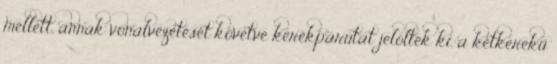
mellett, annak vonalvezetését követve kerékpárutat jelöltek ki, a kétkerekű